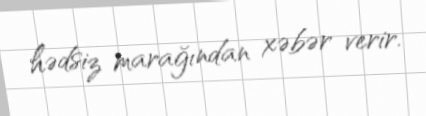
hədsiz marağından xəbər verir.